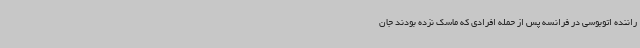
راننده اتوبوسی در فرانسه پس از حمله افرادی که ماسک نزده بودند جان